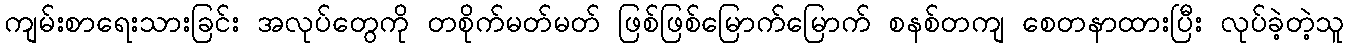
ကျမ်းစာရေးသားခြင်း အလုပ်တွေကို တစိုက်မတ်မတ် ဖြစ်ဖြစ်မြောက်မြောက် စနစ်တကျ စေတနာထားပြီး လုပ်ခဲ့တဲ့သူ